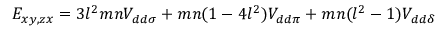
E _ { x y , z x } = 3 l ^ { 2 } m n V _ { d d \sigma } + m n ( 1 - 4 l ^ { 2 } ) V _ { d d \pi } + m n ( l ^ { 2 } - 1 ) V _ { d d \delta }